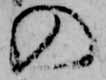
の